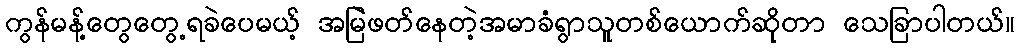
ကွန်မန့်တွေတွေ့ရခဲပေမယ့် အမြဲဖတ်နေတဲ့အမာခံရွာသူတစ်ယောက်ဆိုတာ သေခြာပါတယ်။